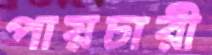
পায়চারী